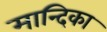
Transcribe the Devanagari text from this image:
मान्दिका